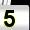
Digit: 5